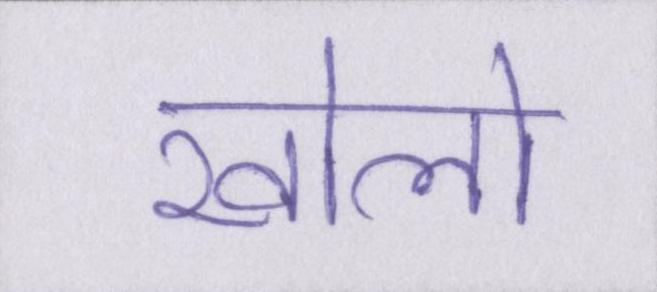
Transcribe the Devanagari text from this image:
खोलो